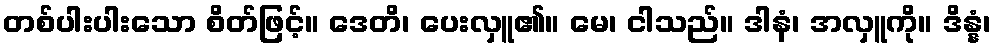
တစ်ပါးပါးသော စိတ်ဖြင့်။ ဒေတိ၊ ပေးလှူ၏။ မေ၊ ငါသည်။ ဒါနံ၊ အလှူကို။ ဒိန္နံ၊